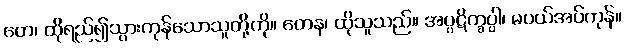
တေ၊ ထိုရည်၍သွားကုန်သောသူတို့ကို။ တေန၊ ထိုသူသည်။ အပ္ပဋိက္ခပ္ပါ၊ မပယ်အပ်ကုန်။